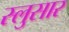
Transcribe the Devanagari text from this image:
स्लुसार